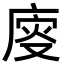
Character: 廀